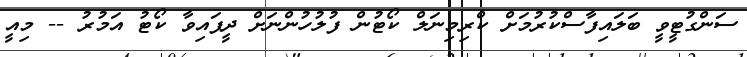
ސަންގުޓީވީ ބަލައިފާސްކުރުމަށް ކްރިމިނަލް ކޯޓުން ފުލުހުންނަށް ދީފައިވާ ކޯޓު އަމުރު -- މިއީ